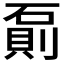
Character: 𰧌